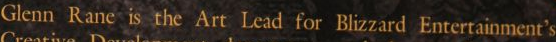
Glenn Rane is the Art Lead for Blizzard Entertainment's